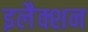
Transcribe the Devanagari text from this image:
इलैक्शन